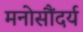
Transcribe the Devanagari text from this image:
मनोसौंदर्य